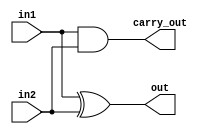
module half_adder(out, carry_out, in1, in2);
input in1, in2;
output out, carry_out;

xor sum(out, in1, in2);
and carry(carry_out, in1, in2);

endmodule